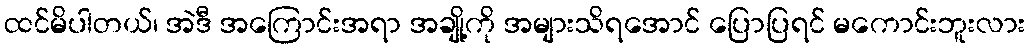
ထင်မိပါတယ်၊ အဲဒီ အကြောင်းအရာ အချို့ကို အများသိရအောင် ပြောပြရင် မကောင်းဘူးလား